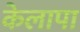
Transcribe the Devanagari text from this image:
केलापा